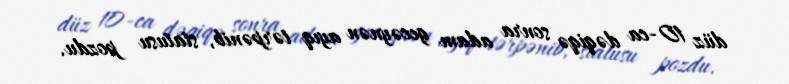
düz 10-ca dəqiqə sonra adam gecəynən ayıq tərpənib, statusu pozdu.